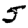
Digit: 5